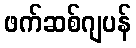
ဖက်ဆစ်ဂျပန်